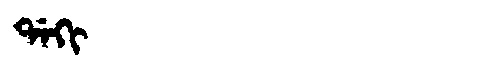
Manchu: ᡩᠠᡴᡳ
Romanization: DAKI